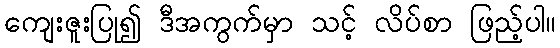
ကျေးဇူးပြု၍ ဒီအကွက်မှာ သင့် လိပ်စာ ဖြည့်ပါ။